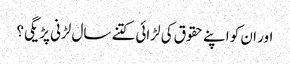
اور ان کو اپنے حقوق کی لڑائی کتنے سال لڑنی پڑیگی؟